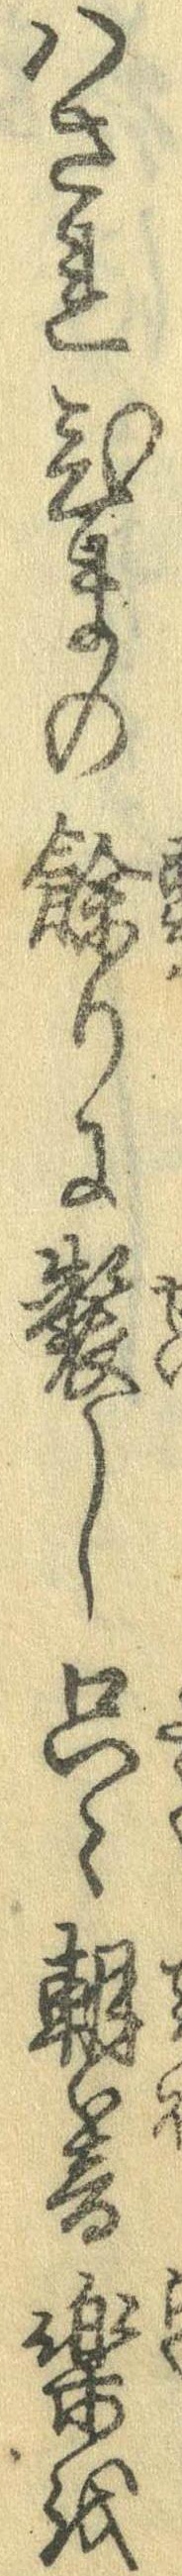
はされひまの余りに製し只々朝暮楽を